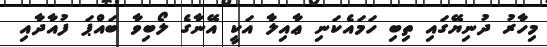
މިހާރު ދުނިޔޭގައި ތިބި ހަމައެކަނި ޢާއިލާ އަކީ އޭނާގެ ލޯބިވާ ބައްޕަ ފުއާދާއި